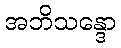
အဘိသန္ဒော